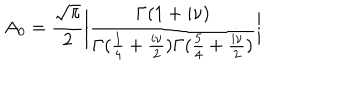
A _ { 0 } = { \frac { \sqrt \pi } { 2 } } \bigg | \frac { \Gamma ( 1 + i \nu ) } { \Gamma ( { \frac { 1 } { 4 } } + { \frac { i \nu } { 2 } } ) \Gamma ( { \frac { 5 } { 4 } } + { \frac { i \nu } { 2 } } ) } \bigg |